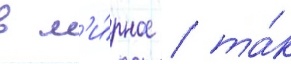
в м'и́рное / та́к